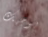
بوجهك